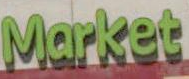
Market